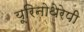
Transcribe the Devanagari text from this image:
यूरिनोथेरेपी